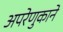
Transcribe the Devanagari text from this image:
अपरेणुकाने